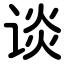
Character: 谈